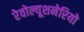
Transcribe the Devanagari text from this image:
रेवोल्यूशनेरियो